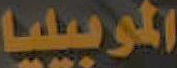
الموبيليا